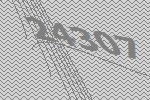
24307